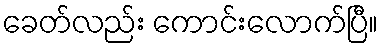
ခေတ်လည်း ကောင်းလောက်ပြီ။